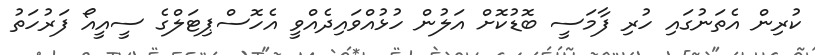
ކުރިން އެތަނުގައި ހުރި ފާމަސީ ބޮޑުކޮށް އަލުން ހުޅުއްވައިދެއްވީ އެހޮސްޕިޓަލްގެ ސީއީއޯ ފަރުހަތު